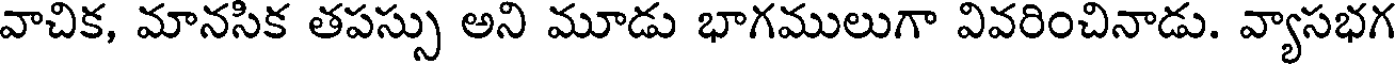
వాచిక, మానసిక తపస్సు అని మూడు భాగములుగా వివరించినాడు. వ్యాసభగ